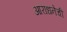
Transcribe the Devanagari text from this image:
आराधनेची